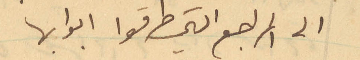
الى المراجع التي طرقوا ابوابها